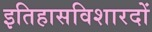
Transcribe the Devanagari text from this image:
इतिहासविशारदों